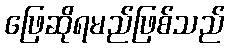
ဖြေဆိုရမည်ဖြစ်သည်